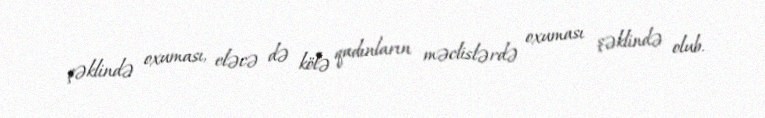
şəklində oxuması, eləcə də kölə qadınların məclislərdə oxuması şəklində olub.